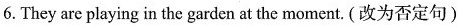
6.They are playing in the garden at the moment.(改为否定句)